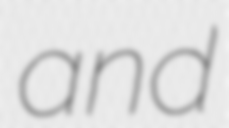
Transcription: and